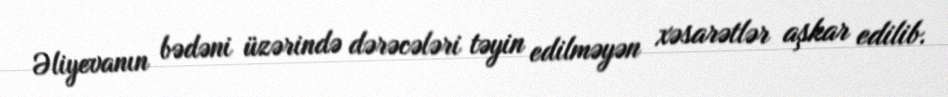
Əliyevanın bədəni üzərində dərəcələri təyin edilməyən xəsarətlər aşkar edilib.